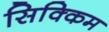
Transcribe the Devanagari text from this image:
सिक्‍िकम